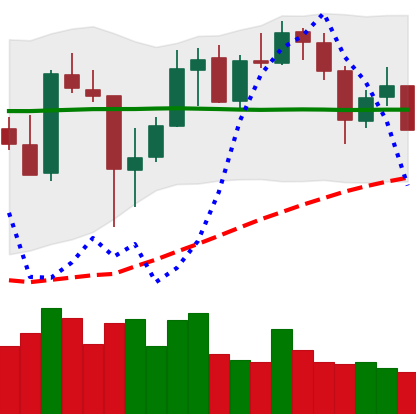
Ticker: XMR-USD
Chart end date: 2020-05-24
Forward return: 8.245%
Label: up_7plus